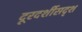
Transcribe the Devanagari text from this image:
दूरदर्शीसदृश